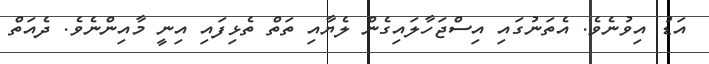
އަޑު އިވުނެވެ. އެތަނުގައި އިސްޖަހާލައިގެން ލެޔާއި ތަތް ތެޅިފައި އިނީ މާއިންނެވެ. ދެއަތް